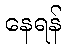
နေရန်